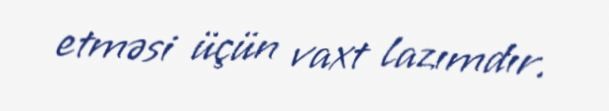
etməsi üçün vaxt lazımdır.